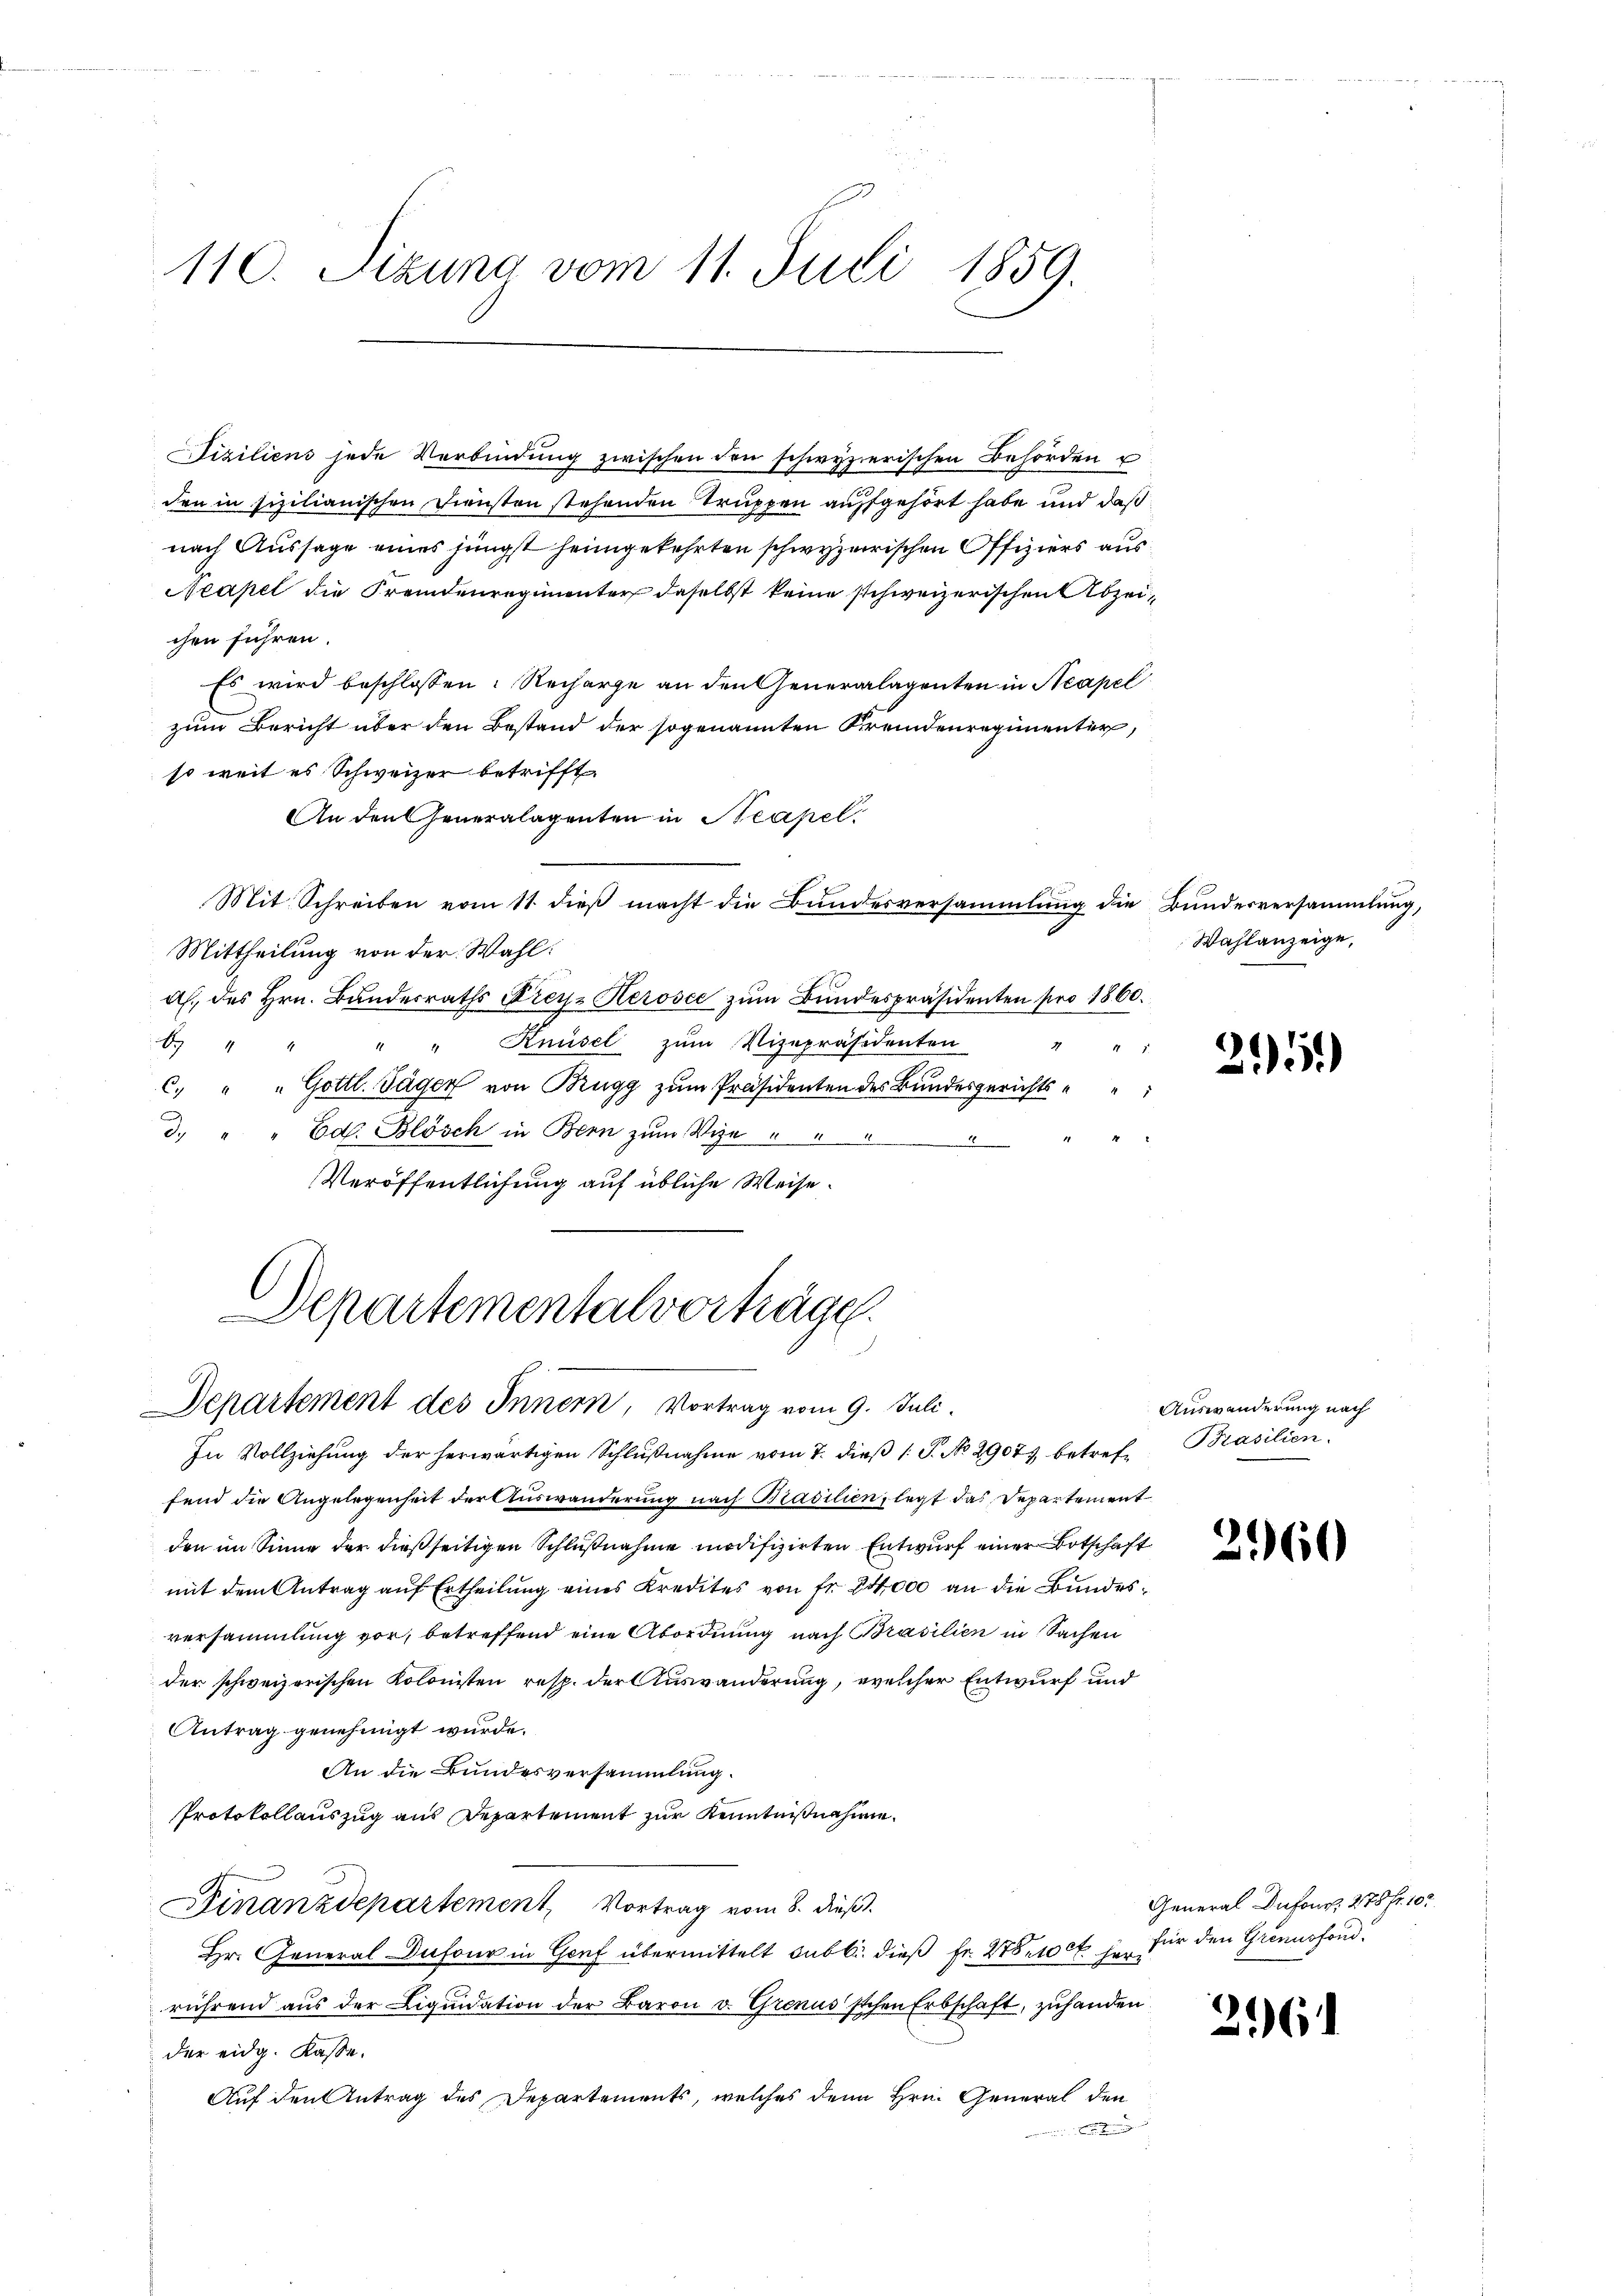
110. Sizung vom 11. Juli 1859.

Fiziliens jede Verbindŭng zwischen den schwyzerischen Behörden u
den in sizilianischen Diensten stehenden Truppen auffgehört habe und daß
nach Aussage eines jüngst heimgekehrten schwyzerischen Offiziers aus¬
Neapel die Fremdenregimenter daselbst keine schweizerischen Abzeichen führen.
Es wird beschlossen: Recharge an den Generalagenten in Neapel
zum Bericht über den Bestand der sogenannten Fremdenregimenter,
so weit es Schweizer betrifft.
An den Generalagenten in Steapel
Mit Schreiben vom 11. dieß macht die Bundesversammlung die Bundesversammlung,
Mittheilung von der Wahl.
ah. des Hrn. Bundesraths Krey Kerosce zum Bundespräsidenten pro 1860.
0 " " " " Knüsel zŭm Vizepräsidenten

C. " " Gottl. Tagen von Brugg zum Präsidenten des Bundesgerichts e
d. " " Ed. Blösch in Bern zum Vize " "
.
Veröffentlichung auf übliche Weise.

Departementalvorträge.
Departement des Innern, Vortrag vom 9. Juli.

In Vollziehung der herwärtigen Schlußnahme vom 7. dieß 1 S. No. 2907 betref-Brasilien.
fend die Angelegenheit der Auswanderung nach Brasilien legt das Departement
den im Sinne der dießseitigen Schlußnahme modifizirten Entwurf einer Botschaft
mit dem Antrag auf Ertheilung eines Kredites von Fr. 24,000 an die Bundesversammlung vor, betreffend eine Abordnung nach Brasilien in Sachen
der schweizerischen Kolonisten resp. der Auswanderung, welcher Entwurf und
Antrag genehmigt wurde.
An die Bundesversammlung.
Protokollauszug aus Departement zur Kenntnißnahme
Finanzdepartement, Vortrag vom 8. dieß.
Hr. General Dufour in Genf übermittelt sub b. dieß fr. 278. 100 l. herz
rührend aus der Liquidation der Baron v. Grenussschen Erbschaft, zuhanden
der eidg. Kasse.
Auf den Antrag des Departements, welches denn Hrn. General den

Wahlanzeige,

251)

Auswanderung nach

3160

261

General Dufour. 278 fr. 102
für den Grennsfond.